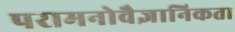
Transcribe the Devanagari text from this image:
परामनोवैज्ञानिकता